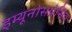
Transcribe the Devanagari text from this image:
इम्यूनोसप्रेसिव